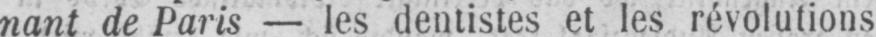
nant de Paris - les dentistes et les révolutions